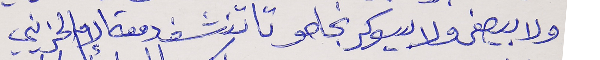
ولا بيصفى ولا بيسوكر نجاحو     تا تنشف دمعة الإم الحزيني